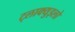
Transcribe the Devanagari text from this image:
ट्लाक्युइलो